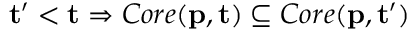
\mathbf { t } ^ { \prime } < \mathbf { t } \Rightarrow C o r e ( \mathbf { p } , \mathbf { t } ) \subseteq C o r e ( \mathbf { p } , \mathbf { t } ^ { \prime } )